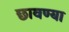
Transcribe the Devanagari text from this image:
छावण्‍या